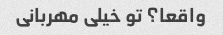
واقعا؟ تو خیلی مهربانی